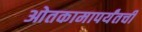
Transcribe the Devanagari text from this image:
ओतकामापर्यंतची